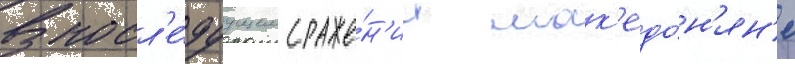
В посл'е́дуущем сраже́н'ии мак'едо́н'ян'е